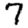
Digit: 7